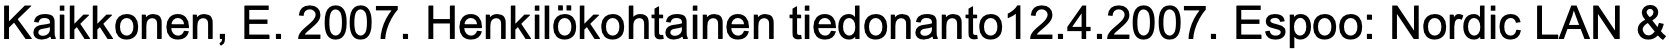
Kaikkonen, E. 2007. Henkilökohtainen tiedonanto12.4.2007. Espoo: Nordic LAN &